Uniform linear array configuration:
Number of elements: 24
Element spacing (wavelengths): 0.75
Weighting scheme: blackman
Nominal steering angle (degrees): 30
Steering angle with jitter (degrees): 29.772
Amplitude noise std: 0.05
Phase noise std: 0.05

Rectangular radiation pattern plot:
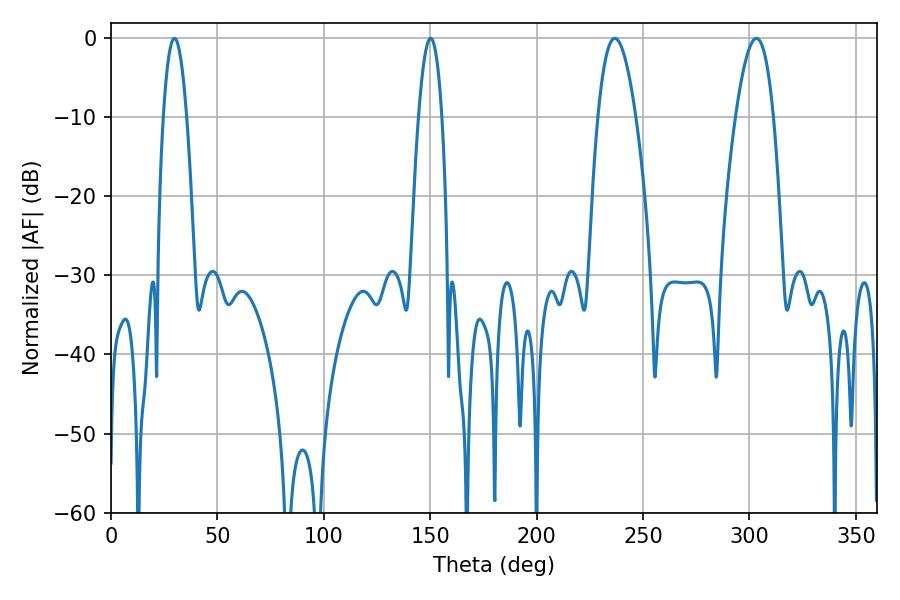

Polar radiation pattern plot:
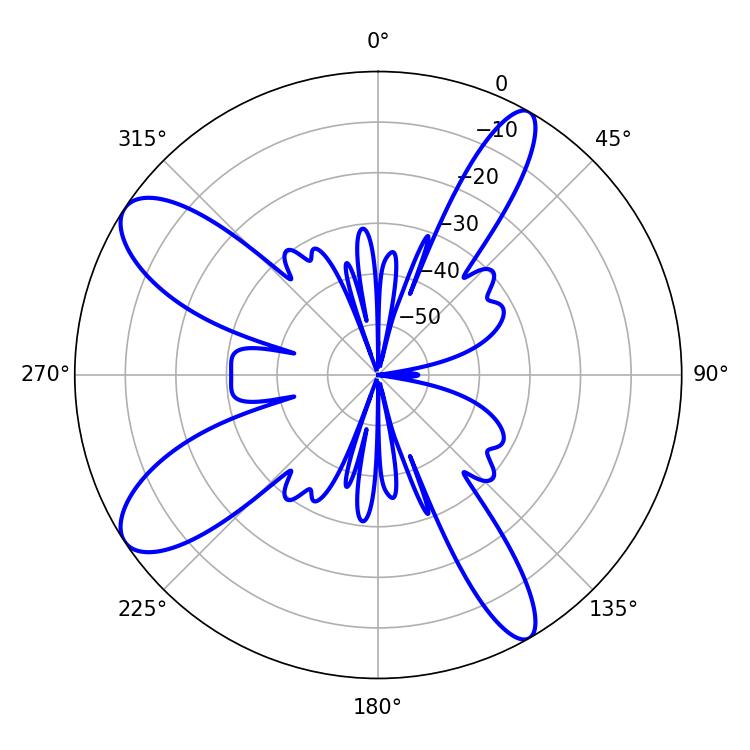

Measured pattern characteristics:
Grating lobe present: TRUE
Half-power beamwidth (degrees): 9.72
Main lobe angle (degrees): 236.7